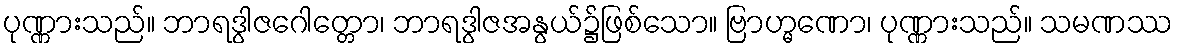
ပုဏ္ဏားသည်။ ဘာရဒွါဇဂေါတ္တော၊ ဘာရဒွါဇအနွယ်၌ဖြစ်သော။ ဗြာဟ္မဏော၊ ပုဏ္ဏားသည်။ သမဏဿ